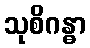
သုစိဂန္ဓာ